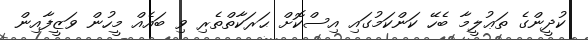
ކުދީންގެ ތަޢުލީމާ ބެހޭ ކަންކަމުގައި އިސްކޮށް ޙަރަކާތްތެރި ވި ބައެއް މީހުން ވަޒީފާއިން